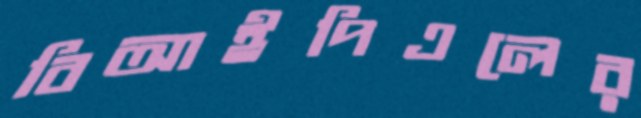
বিআইপিএলের